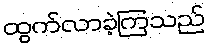
ထွက်လာခဲ့ကြသည်